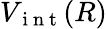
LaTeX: V_{\mathrm{~i~n~t~}}(R)